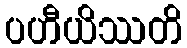
ပဟီယိဿတိ